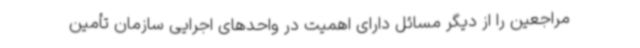
مراجعین را از دیگر مسائل دارای اهمیت در واحدهای اجرایی سازمان تأمین